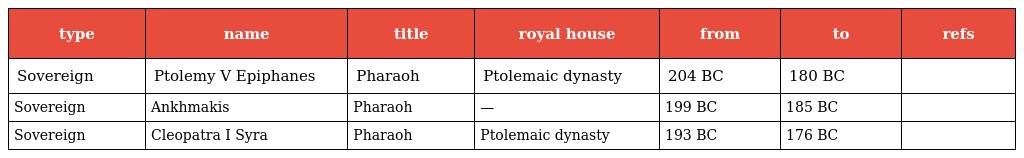
| type | name | title | royal house | from | to | refs |
 | --- | --- | --- | --- | --- | --- | --- |
 | Sovereign | Ptolemy V Epiphanes | Pharaoh | Ptolemaic dynasty | 204 BC | 180 BC |  |
 | Sovereign | Ankhmakis | Pharaoh | — | 199 BC | 185 BC |  |
 | Sovereign | Cleopatra I Syra | Pharaoh | Ptolemaic dynasty | 193 BC | 176 BC |  |